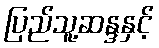
ပြည်သူ့ဆန္ဒနှင့်